Tezpur Lunatic Asylum reports 1895-1904 - 1895-1904
Year: 1895
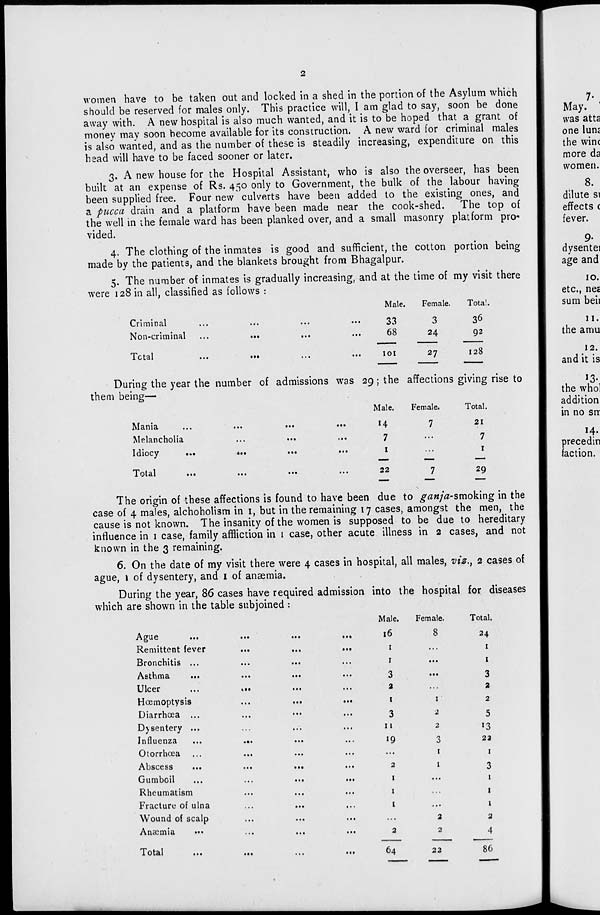
women have to be taken out and locked in a shed in the portion of the Asylum which
should be reserved for males only. This practice will, I am glad to say, soon be done
away with. A new hospital is also much wanted, and it is to be hoped that a grant of
money may soon become available for its construction. A new ward for criminal males
is also wanted, and as the number of these is steadily increasing, expenditure on this
head will have to be faced sooner or later.
3. A new house for the Hospital Assistant, who is also the overseer, has been
built at an expense of Rs. 450 only to Government, the bulk of the labour having
been supplied free. Four new culverts have been added to the existing ones, and
a pucca drain and a platform have been made near the cook-shed. The top of
the well in the female ward has been planked over, and a small masonry platform pro-
vided.
4. The clothing of the inmates is good and sufficient, the cotton portion being
made by the patients, and the blankets brought from Bhagalpur.
5. The number of inmates is gradually increasing, and at the time of my visit there
were 128 in all, classified as follows :
Male.
Female.
Criminal
Non-criminal
Total
33
68
101
3
24
Total.
36
92
27
128
During the year the number of admissions was 29; the affections giving rise to
them being—
Male.
Female.
Total.
Mania
...
...
...
...
14
7
21
Melancholia
...
...
...
7
...
7
Idiocy
...
•••
...
...
I
...
1
Total
22
29
The origin of these affections is found to have been due to ganja-smoYmg in the
case of 4 males, alchoholi3m in 1, but in the remaining 17 cases, amongst the men, the
cause is not known. The insanity of the women is supposed to be due to hereditary
influence in 1 case, family affliction in 1 case, other acute illness in 2 cases, and not
known in the 3 remaining.
6. On the date of my visit there were 4 cases in hospital, all males, viz., 2 cases of
ague, i of dysentery, and 1 of ansemia.
During the year, 86 cases have required admission into the hospital for diseases
which are shown in the table subjoined :
Ague
Remittent fever
Bronchitis ...
Asthma
Ulcer
Hoemoptysis
Diarrhoea ...
Djsentery ...
Influenza
Otorrhoea
Abscess
Gumboil
Rheumatism
Fracture of ulna
Wound of scalp
Anaemia
Total
Male.
Female.
Total.
16
. 8
24
I
...
I
I
...
I
3
...
3
2
...
2
1
1
2
3
2
5
11
2
*3
«9
3
22
...
1
1
2
1
3
1
...
1
1
1
1
...
1
...
2
2
2
2
4
64
22
86